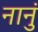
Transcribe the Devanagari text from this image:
नानुं